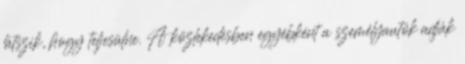
látszik, hogy teljesülne. A közlekedésben egyébként a személyautók adják